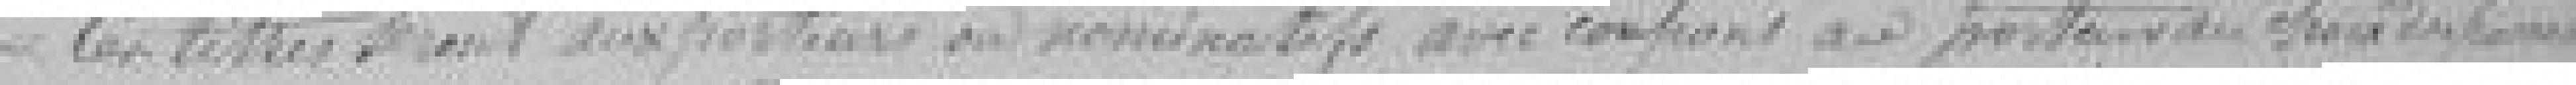
Ces titres seront aux porteurs ou nominatifs avec    aux porteurs